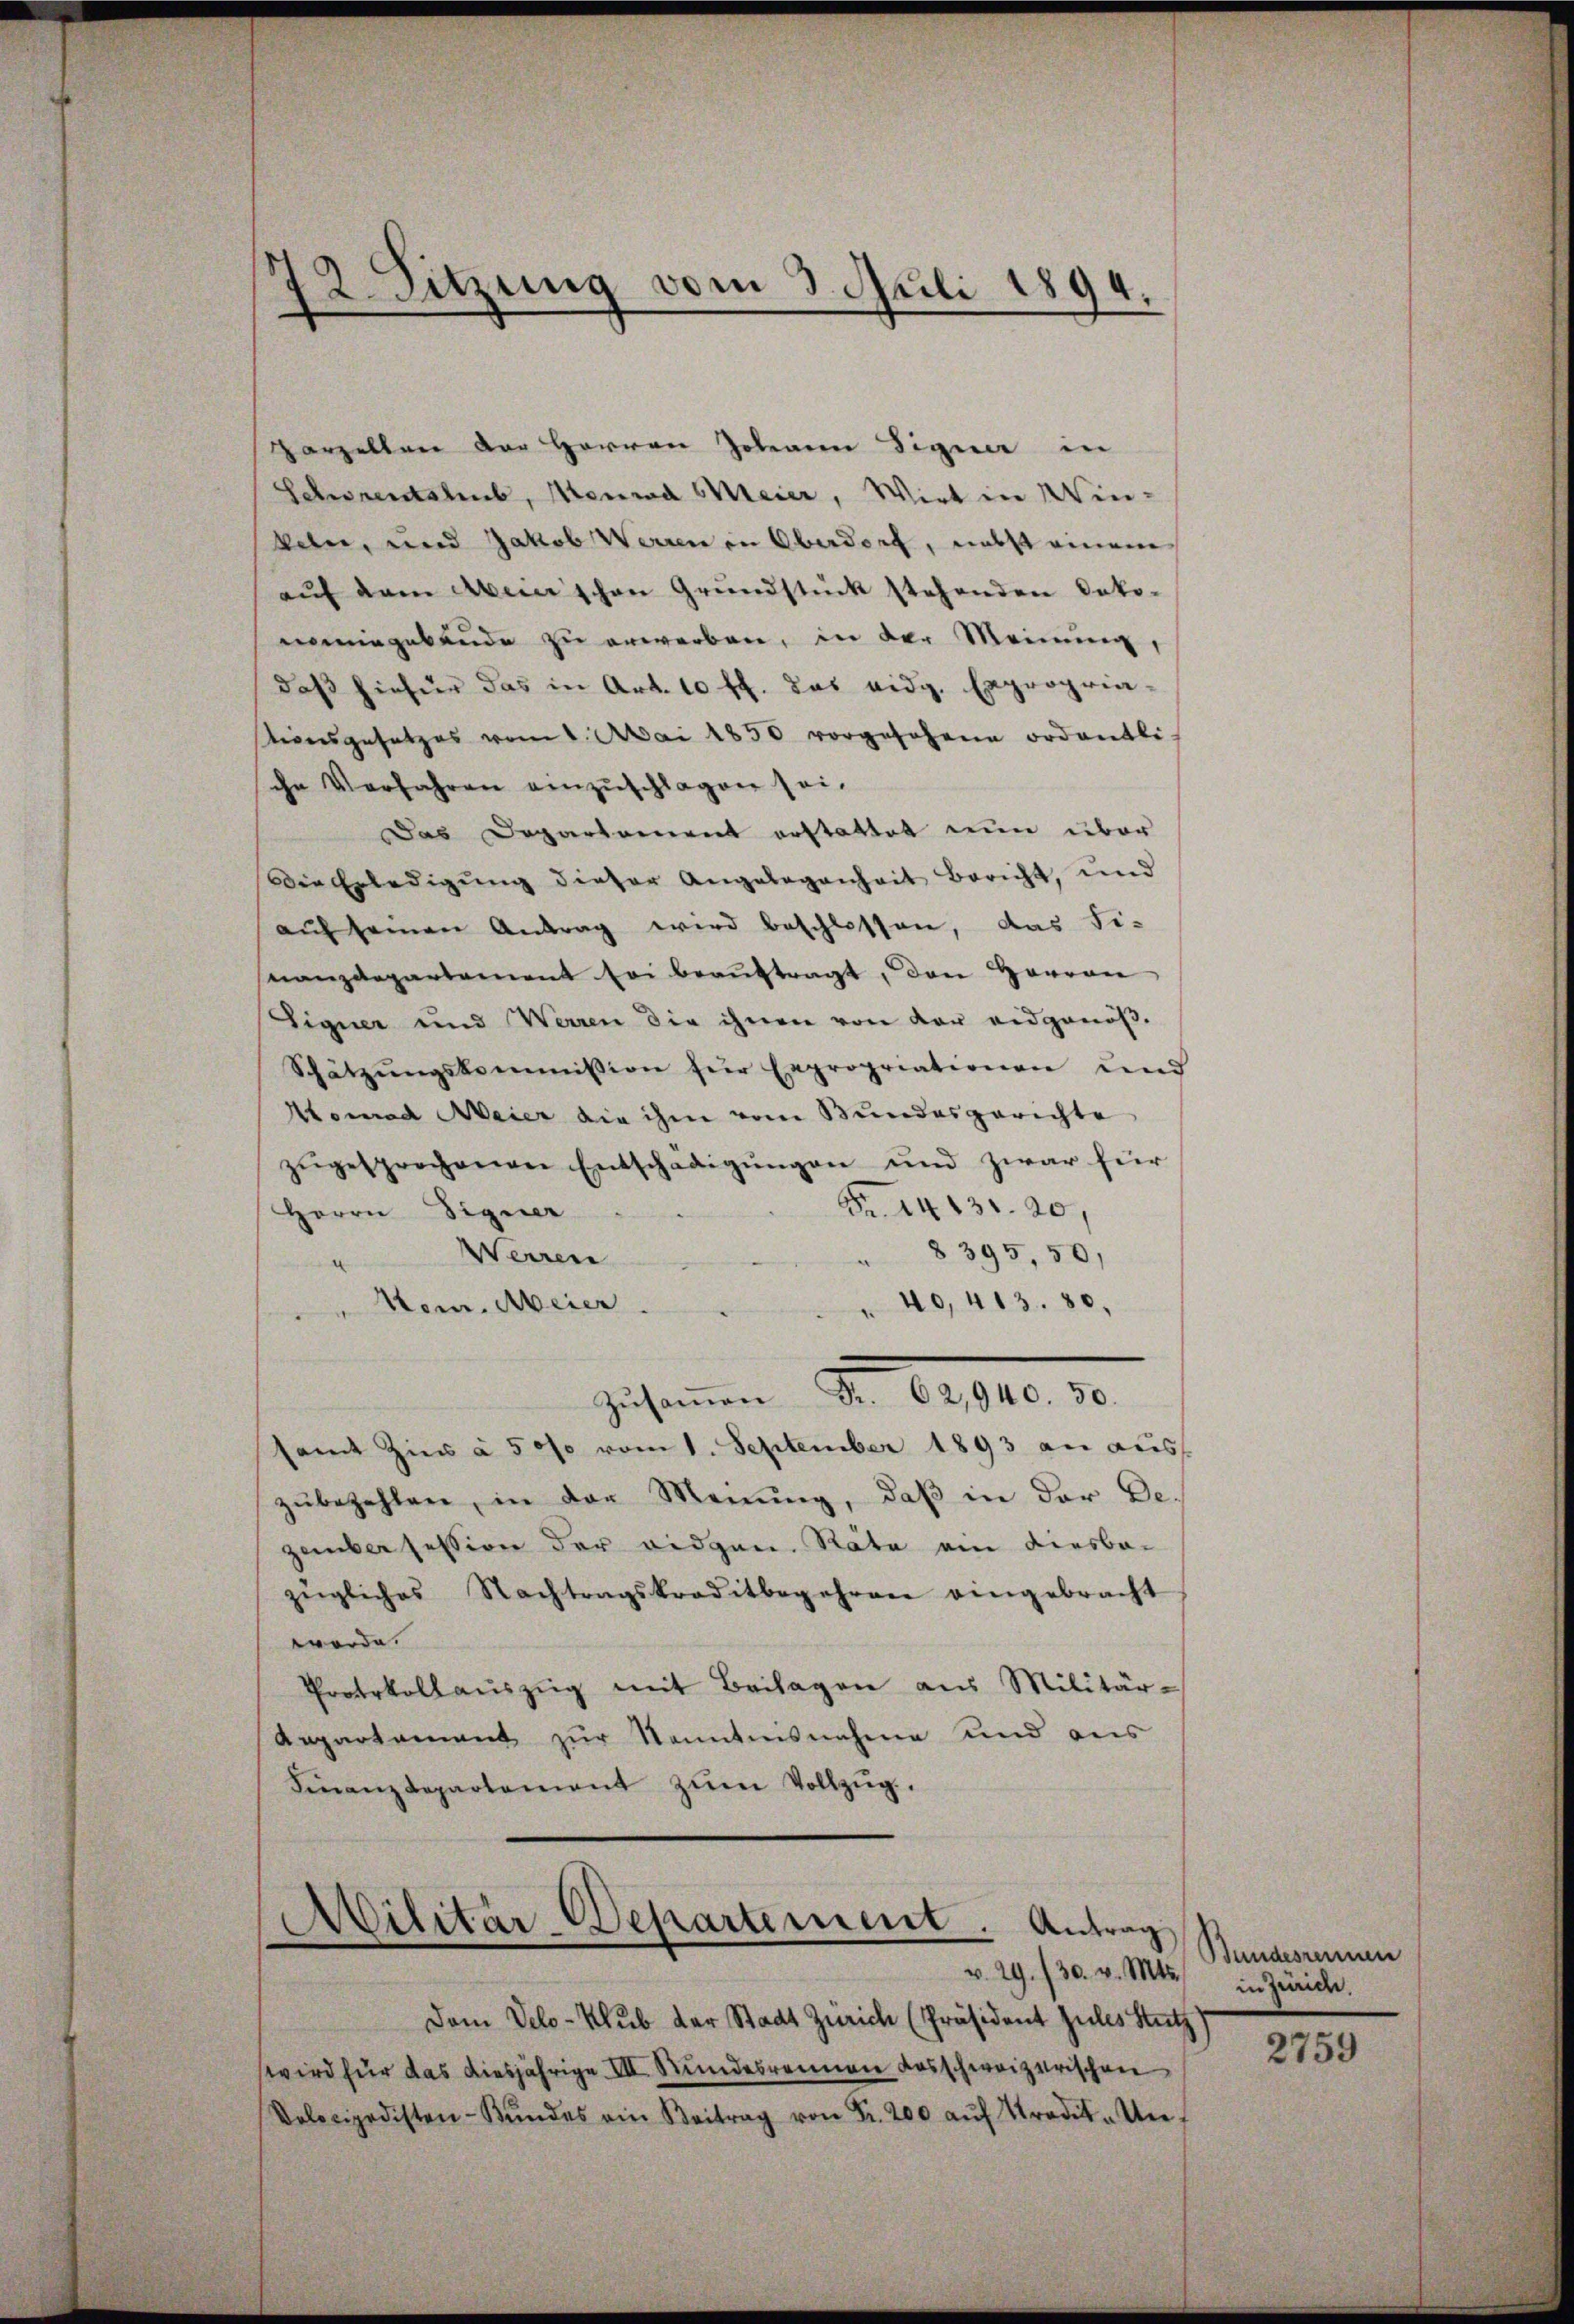
12. Sitzung vom 3. Juli 1894.

Harzellen der Herren Johann Signer in
Schraentshub, Monrad Meier, Wirt in Winkan, und Jakob Werren in Oberdorf, nebst einem
aŭf dem Aber schen Grŭndstück stehenden Doko-
nomingabende zu erwerben, in der Meinung,
daß hiefür das in Art. 10 ff. das eidg. Expropria-
stionsgesetzes vom 1. Mai 1850 vorgesehene ordentli
che Verfahren einzŭschlagen sei.
Das Departement erstattet nun über
Die Erledigung dieser Angelegenheit bericht, und
aŭf seinen Antrag wird beschlossen, das Fi-
nanzdepartement sei beauftragt, den Herren
Eigner und Werren die ihnen von der eidgenöß¬
Schätzŭngskommission für Expropriationen und
Atomad Meier die ihm vom Bundesgerichte
zŭgesprochenen Entschädigŭngen und zwar für
Fr. 4413. 20,
Herrn Signer
 8395, 50,
Werren
" 40, 413. 80.
Nem. Meier.
zusammen d. 10000. 10.
samt Zins à 5 0f vom 1. September 1893 an aus
zŭbezahlen, in der Menŭng, daβ in der De-
zember session der eidgen. Räte am diesba-
zügliches Nachtragskreditbegehren eingebracht
werde.
Protokollaŭszŭg mit Beilagen aus Militär-
Aepartement zŭr kanntensnahme und aus
Finanzdepartement zŭm Vollzŭg.

Dem Velo-Klub der Stadt Zürich (Präsident zules Stutz
wird für das diesjährige III. Stundesrennen das schweizerischen
Dolocipedisten-Bŭndes ein Beitrag von Fr. 200 aŭf Prod. Un

d
Militär-Departement. Antrag
v. 29./30. v. Mts.

Bundesrennen
in Zürich.

2759